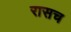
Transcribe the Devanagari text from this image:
रासच